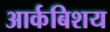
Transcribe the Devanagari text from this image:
आर्कबिशय